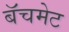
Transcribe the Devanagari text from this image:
बॅचमेट